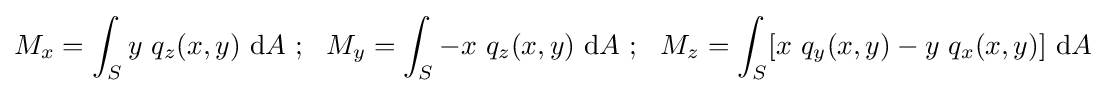
M_{x}=\int _{S}y~q_{z}(x,y)~\mathrm {d} A~;~~M_{y}=\int _{S}-x~q_{z}(x,y)~\mathrm {d} A~;~~M_{z}=\int _{S}[x~q_{y}(x,y)-y~q_{x}(x,y)]~\mathrm {d} A